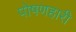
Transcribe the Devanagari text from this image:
पोषणहारी